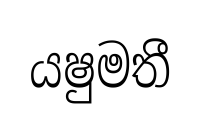
යෂුමතී